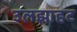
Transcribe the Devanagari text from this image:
उलझाहट